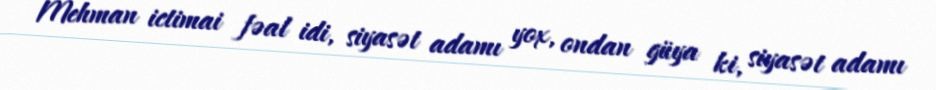
Mehman ictimai fəal idi, siyasət adamı yox, ondan güya ki, siyasət adamı